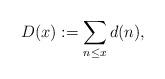
LaTeX: \begin{align*}D(x) := \sum_{n \le x}d(n), \end{align*}